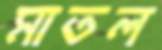
মাতল